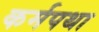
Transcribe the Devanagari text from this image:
कर्मपथा